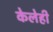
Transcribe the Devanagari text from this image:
केलेही